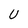
Character: U